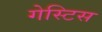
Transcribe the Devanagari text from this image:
गेस्टिस